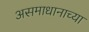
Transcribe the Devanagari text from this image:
असमाधानाच्या